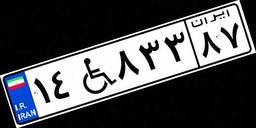
۱۴W۸۳۳۸۷